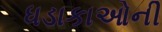
ધડાકાઓની